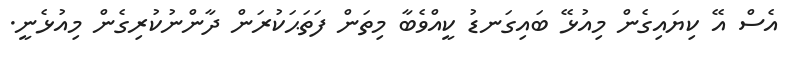
އެސް އޭ ކިޔައިގެން މިއުޅޭ ބައިގަނޑު ކީއްވެބާ މިތަން ފަތަޙަކުރަން ދާންނުކުރިގެން މިއުޅެނީ.